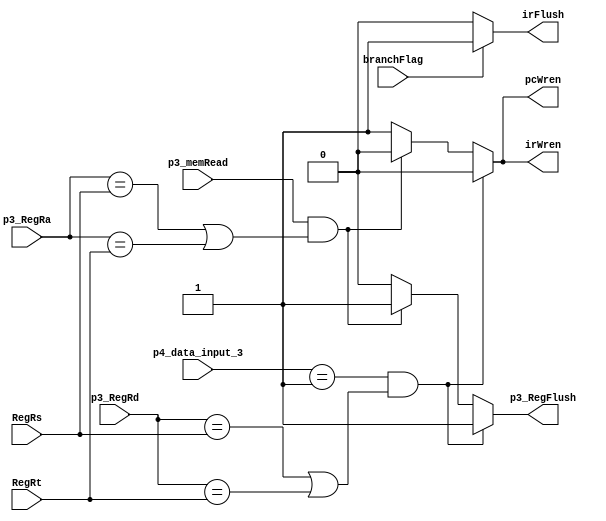
module HazardDetectionUnit(input [2:0] RegRs,RegRt,p3_RegRa,p3_RegRd,p4_data_input_3,//p3_RegRa=ar_addr
                    input p3_memRead,branchFlag,
				    output reg pcWren,irWren,irFlush,p3_RegFlush);//p3_Reg=ar,br,control3,ir3
    always @(*) begin
        pcWren <= 1'b1;
        irWren <= 1'b1;
        irFlush <= 1'b0;
        p3_RegFlush <= 1'b0;
        if((p3_memRead == 1'b1) & ((p3_RegRa == RegRs) | (p3_RegRa == RegRt)) ) begin//LDADD,p3_memRead == 1'b1()
            pcWren <= 1'b0;
            irWren <= 1'b0;
            p3_RegFlush <= 1'b1;
        end if((p4_data_input_3 == 1'b1) & ((p3_RegRd == RegRs) | (p3_RegRd == RegRt)) ) begin//INp3
            pcWren <= 1'b0;
            irWren <= 1'b0;
            p3_RegFlush <= 1'b1;
        end if(branchFlag == 1'b1) begin//
            irFlush <= 1'b1;
        end
    end
endmodule